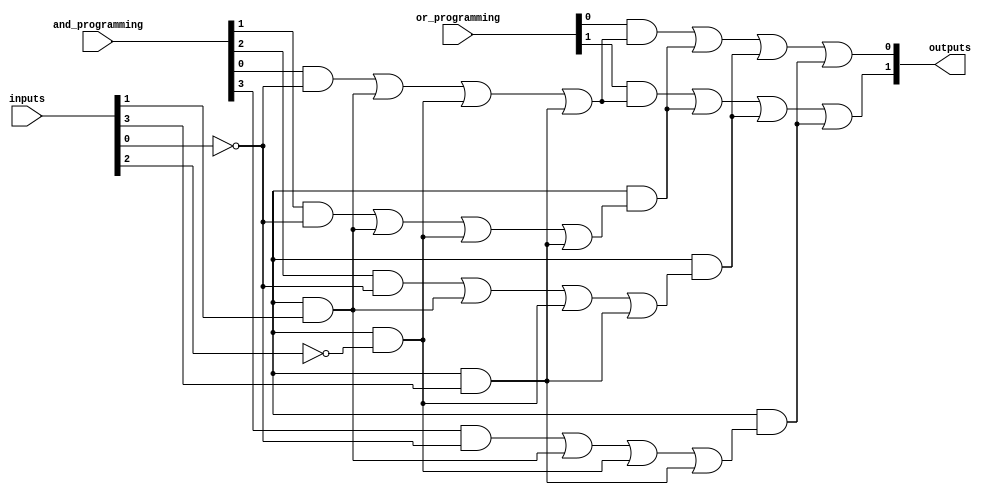
module fuse_based_PLA #(
    parameter NUM_INPUTS = 4,      // Number of input signals
    parameter NUM_PRODUCT_TERMS = 4, // Number of product terms
    parameter NUM_OUTPUTS = 2       // Number of output signals
)(
    input wire [NUM_INPUTS-1:0] inputs, // Input signals
    input wire [NUM_PRODUCT_TERMS-1:0] and_programming, // Programming for AND array
    input wire [NUM_OUTPUTS-1:0] or_programming, // Programming for OR array
    output wire [NUM_OUTPUTS-1:0] outputs // Output signals
);

// Internal signals for product terms
wire [NUM_PRODUCT_TERMS-1:0] product_terms;

// AND Array Implementation
genvar i, j;
generate
    for (i = 0; i < NUM_PRODUCT_TERMS; i = i + 1) begin : and_array
        wire [NUM_INPUTS-1:0] and_inputs;
        assign and_inputs = {inputs[NUM_INPUTS-1], ~inputs[NUM_INPUTS-2], inputs[NUM_INPUTS-3], ~inputs[NUM_INPUTS-4]}; // Example: direct and inverted inputs
        
        // Generate product term based on programming
        assign product_terms[i] = (and_programming[i] & and_inputs[0]) |
                                  (and_programming[i + NUM_PRODUCT_TERMS] & and_inputs[1]) |
                                  (and_programming[i + 2*NUM_PRODUCT_TERMS] & and_inputs[2]) |
                                  (and_programming[i + 3*NUM_PRODUCT_TERMS] & and_inputs[3]);
    end
endgenerate

// OR Array Implementation
genvar k;
generate
    for (k = 0; k < NUM_OUTPUTS; k = k + 1) begin : or_array
        // Generate output based on programming
        assign outputs[k] = (or_programming[k] & product_terms[0]) |
                            (or_programming[k + NUM_OUTPUTS] & product_terms[1]) |
                            (or_programming[k + 2*NUM_OUTPUTS] & product_terms[2]) |
                            (or_programming[k + 3*NUM_OUTPUTS] & product_terms[3]);
    end
endgenerate

endmodule